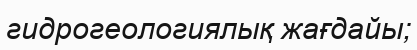
гидрогеологиялық жағдайы;